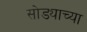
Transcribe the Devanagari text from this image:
सोड्याच्या